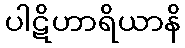
ပါဋိဟာရိယာနိ